Civil Veterinary Department Bengal reports 1923-33 - 1923-1933
Year: 1923
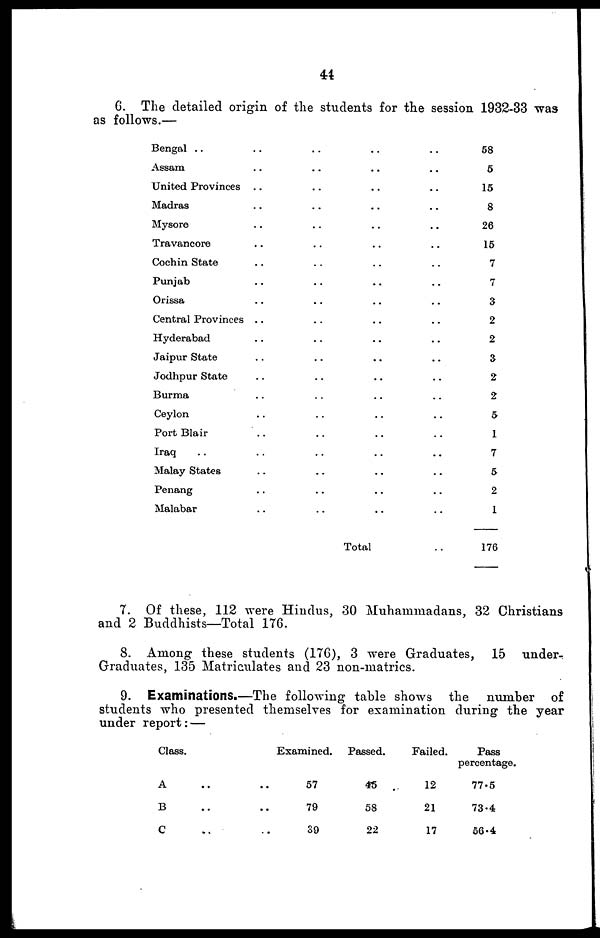
44
6. The detailed origin of the students for the session 1932-33 was
as follows.—
Bengal ..
Assam
United Provinces
Madras
Mysore
Travancore
Cochin State
Punjab
Orissa
Central Provinces
Hyderabad
Jaipur State
Jodhpur State
Burma
Ceylon
Port Blair
Iraq ..
Malay States
Penang
Malabar
..
..
..
..
..
..
..
..
..
..
..
..
..
..
..
..
..
..
..
..
..
..
..
..
..
..
..
..
..
..
..
..
..
..
..
..
..
..
..
..
..
..
..
..
..
..
..
..
..
..
..
..
..
..
..
..
..
..
..
..
Total
..
..
..
..
..
..
..
..
..
..
..
..
..
..
..
..
..
..
..
..
..
58
5
15
8
26
15
7
7
3
2
2
3
2
2
5
1
7
5
2
1
176
7. Of these, 112 were Hindus, 30 Muhammadans, 32 Christians
and 2 Buddhists—Total 176.
8. Among these students (176), 3 were Graduates, 15 under-
Graduates, 135 Matriculates and 23 non-matrics.
9. Examinations.—The following table shows the number of
students who presented themselves for examination during the year
under report:—
Class.
A ..
B ..
C ..
Examined.
.. 57
.. 79
.. 39
Passed.
45
58
22
Failed.
12
21
17
Pass
percentage.
77.5
73.4
56.4